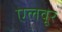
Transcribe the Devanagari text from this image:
एलवूर